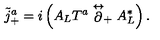
\tilde { j } _ { + } ^ { a } = i \left( A _ { L } T ^ { a } \stackrel { \leftrightarrow } { \partial } _ { + } A _ { L } ^ { * } \right) .